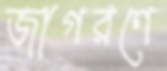
জাগরণে